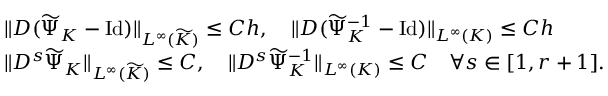
\begin{array} { r } { \begin{array} { r l } & { \| D ( \widetilde { \Psi } _ { K } - \mathrm { I d } ) \| _ { L ^ { \infty } ( \widetilde { K } ) } \leq C h , \quad \| D ( \widetilde { \Psi } _ { K } ^ { - 1 } - \mathrm { I d } ) \| _ { L ^ { \infty } ( K ) } \leq C h } \\ & { \| D ^ { s } \widetilde { \Psi } _ { K } \| _ { L ^ { \infty } ( \widetilde { K } ) } \leq C , \quad \| D ^ { s } \widetilde { \Psi } _ { K } ^ { - 1 } \| _ { L ^ { \infty } ( K ) } \leq C \quad \forall s \in [ 1 , r + 1 ] . } \end{array} } \end{array}